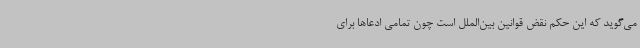
می‌گوید که این حکم نقض قوانین بین‌الملل است چون تمامی ادعاها برای